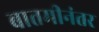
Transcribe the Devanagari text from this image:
बातमीनंतर